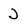
Character: j